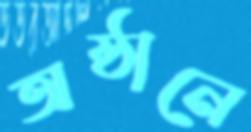
অষ্ঠানে